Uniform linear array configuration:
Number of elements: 8
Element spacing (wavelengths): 0.5
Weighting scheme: blackman
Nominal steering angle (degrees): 45
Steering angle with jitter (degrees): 46.444
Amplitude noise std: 0.05
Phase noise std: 0.05

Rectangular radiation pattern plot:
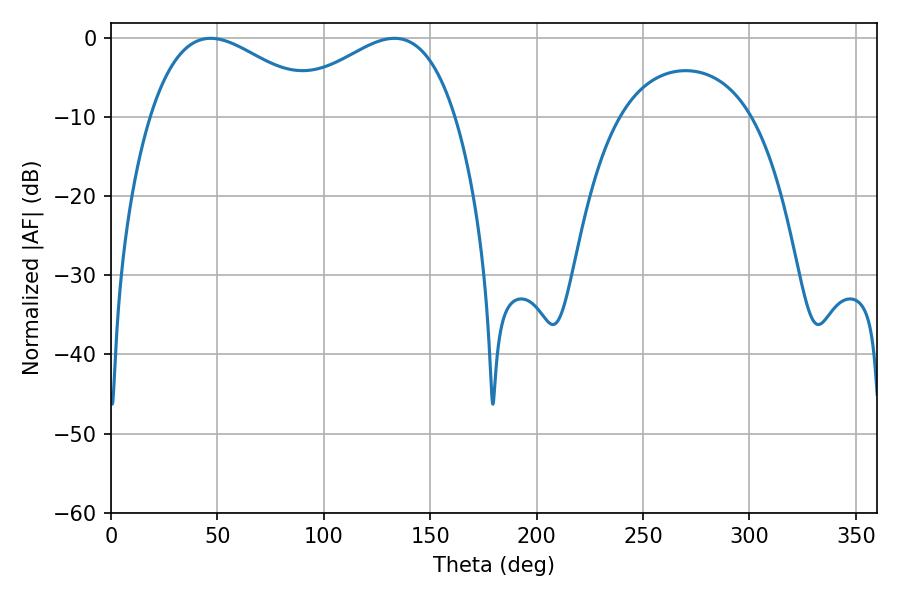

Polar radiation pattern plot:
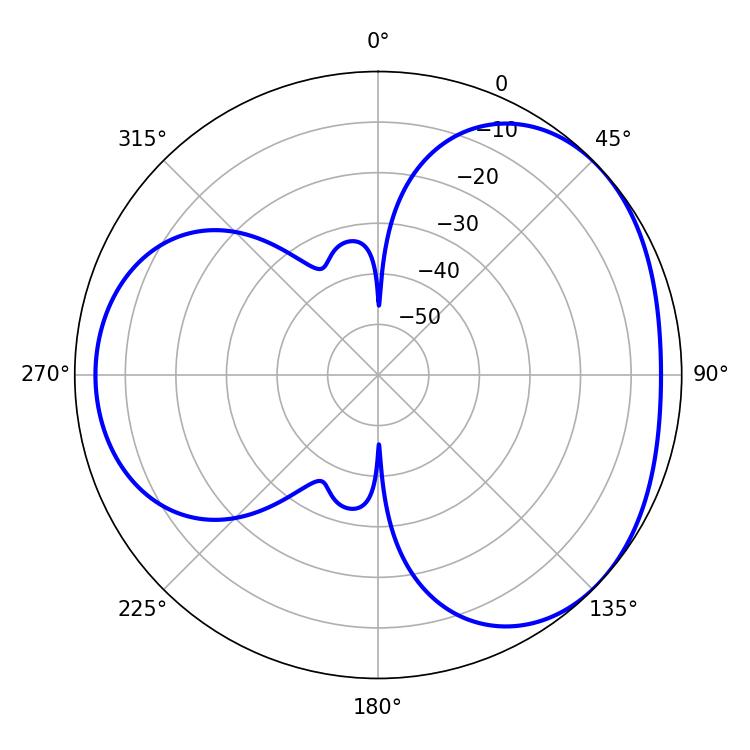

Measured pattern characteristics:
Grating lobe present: FALSE
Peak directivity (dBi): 3.42
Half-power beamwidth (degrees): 44.46
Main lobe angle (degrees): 46.8